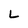
Character: L